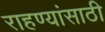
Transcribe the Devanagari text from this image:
राहण्यांसाठी